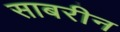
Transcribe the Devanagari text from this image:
साबरीन